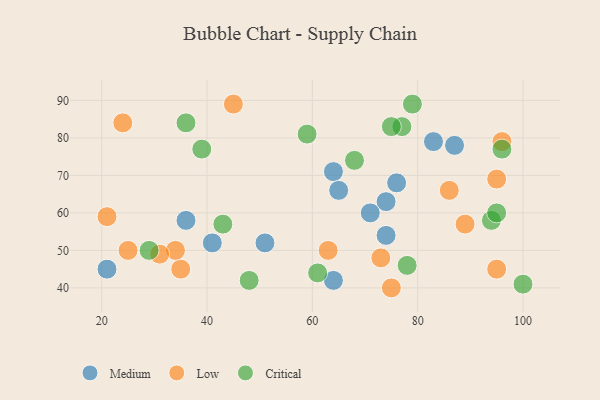
{"axis": {"x": "GDP", "y": "Life Expectancy"}, "legend": ["Critical", "Low", "Medium"], "data": [{"x": "64", "y": 71, "type": "Medium"}, {"x": "65", "y": 66, "type": "Medium"}, {"x": "36", "y": 58, "type": "Medium"}, {"x": "74", "y": 54, "type": "Medium"}, {"x": "87", "y": 78, "type": "Medium"}, {"x": "51", "y": 52, "type": "Medium"}, {"x": "83", "y": 79, "type": "Medium"}, {"x": "74", "y": 63, "type": "Medium"}, {"x": "76", "y": 68, "type": "Medium"}, {"x": "64", "y": 42, "type": "Medium"}, {"x": "21", "y": 45, "type": "Medium"}, {"x": "41", "y": 52, "type": "Medium"}, {"x": "71", "y": 60, "type": "Medium"}, {"x": "35", "y": 45, "type": "Low"}, {"x": "89", "y": 57, "type": "Low"}, {"x": "45", "y": 89, "type": "Low"}, {"x": "86", "y": 66, "type": "Low"}, {"x": "95", "y": 45, "type": "Low"}, {"x": "34", "y": 50, "type": "Low"}, {"x": "95", "y": 69, "type": "Low"}, {"x": "96", "y": 79, "type": "Low"}, {"x": "24", "y": 84, "type": "Low"}, {"x": "75", "y": 40, "type": "Low"}, {"x": "21", "y": 59, "type": "Low"}, {"x": "73", "y": 48, "type": "Low"}, {"x": "25", "y": 50, "type": "Low"}, {"x": "63", "y": 50, "type": "Low"}, {"x": "31", "y": 49, "type": "Low"}, {"x": "39", "y": 77, "type": "Critical"}, {"x": "36", "y": 84, "type": "Critical"}, {"x": "77", "y": 83, "type": "Critical"}, {"x": "59", "y": 81, "type": "Critical"}, {"x": "96", "y": 77, "type": "Critical"}, {"x": "68", "y": 74, "type": "Critical"}, {"x": "78", "y": 46, "type": "Critical"}, {"x": "94", "y": 58, "type": "Critical"}, {"x": "95", "y": 60, "type": "Critical"}, {"x": "79", "y": 89, "type": "Critical"}, {"x": "75", "y": 83, "type": "Critical"}, {"x": "48", "y": 42, "type": "Critical"}, {"x": "29", "y": 50, "type": "Critical"}, {"x": "100", "y": 41, "type": "Critical"}, {"x": "43", "y": 57, "type": "Critical"}, {"x": "61", "y": 44, "type": "Critical"}]}